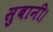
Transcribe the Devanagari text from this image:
सुबानी।